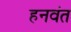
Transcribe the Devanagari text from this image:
हनवंत